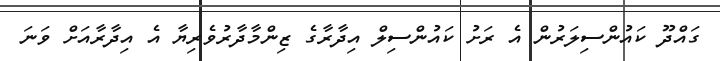
ގައްދޫ ކައުންސިލަރުން އެ ރަށު ކައުންސިލް އިދާރާގެ ޒިންމާދާރުވެރިޔާ އެ އިދާރާއަށް ވަނަ